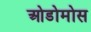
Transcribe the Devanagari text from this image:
ओडोमोस